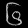
Digit: ၆